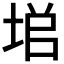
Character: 𡌙